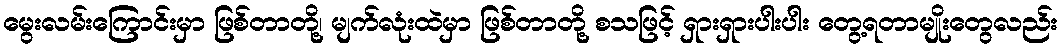
မွေးလမ်းကြောင်းမှာ ဖြစ်တာတို့၊ မျက်လုံးထဲမှာ ဖြစ်တာတို့ စသဖြင့် ရှားရှားပါးပါး တွေ့ရတာမျိုးတွေလည်း